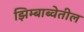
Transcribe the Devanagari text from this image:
झिम्बाब्वेतील